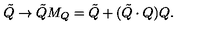
\tilde { Q } \rightarrow \tilde { Q } M _ { Q } = \tilde { Q } + ( \tilde { Q } \cdot Q ) Q .